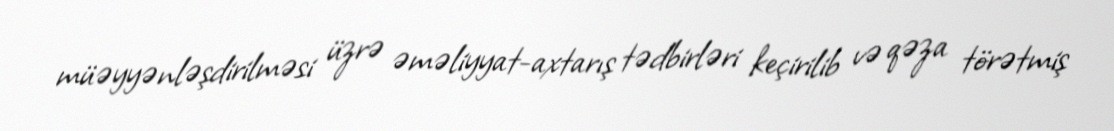
müəyyənləşdirilməsi üzrə əməliyyat-axtarış tədbirləri keçirilib və qəza törətmiş